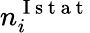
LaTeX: n_{i}^{\mathrm{~I~s~t~a~t~}}